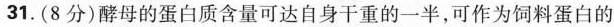
31.(8分)酵母的蛋白质含量可达自身干重的一半，可作为饲料蛋白的